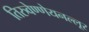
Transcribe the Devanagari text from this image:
तिरुवेण्णेयनल्लूर